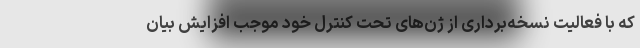
که با فعالیت نسخه‌برداری از ژن‌های تحت کنترل خود موجب افزایش بیان